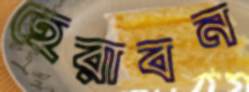
হেরাবন